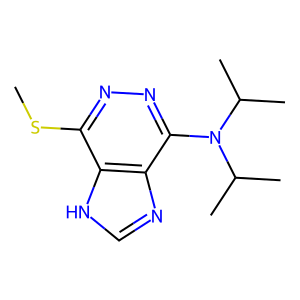
SMILES: CSc1nnc(N(C(C)C)C(C)C)c2nc[nH]c12
Inhibits HIV replication: No